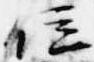
位